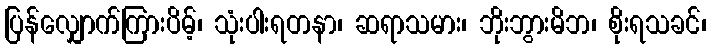
ပြန်လျှောက်ကြားပိမ့်၊ သုံးပါးရတနာ၊ ဆရာသမား၊ ဘိုးဘွားမိဘ၊ စိုးရသခင်၊